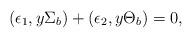
LaTeX: \begin{align*}(\epsilon_{1},y\Sigma_{b})+(\epsilon_{2}, y\Theta_{b})=0,\end{align*}